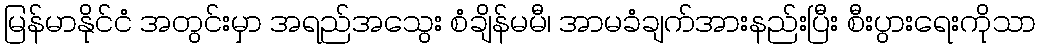
မြန်မာနိုင်ငံ အတွင်းမှာ အရည်အသွေး စံချိန်မမီ၊ အာမခံချက်အားနည်းပြီး စီးပွားရေးကိုသာ